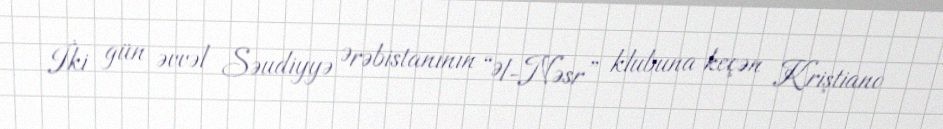
İki gün əvvəl Səudiyyə Ərəbistanının “Əl-Nəsr” klubuna keçən Kriştiano